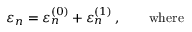
\varepsilon _ { n } = \varepsilon _ { n } ^ { ( 0 ) } + \varepsilon _ { n } ^ { ( 1 ) } \, , ~ ~ ~ ~ ~ ~ \mathrm { w h e r e }